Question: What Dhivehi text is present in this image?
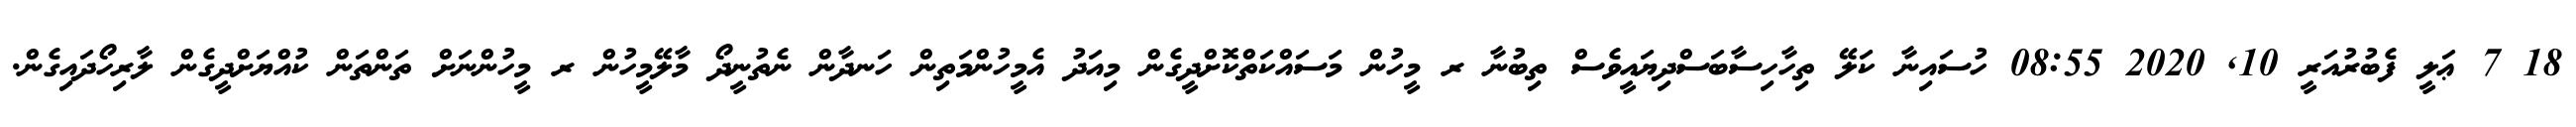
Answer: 18 7 ޢަލީ ފެބުރުއަރީ 10, 2020 08:55 ހުސައިނާ ކަލޭ ތިހާހިސާބަސްދިޔައީވެސް ތިބުނާ ރ މީހުން މަސައްކަތްކޮށްދީގެން މިއަދު އެމީހުންމަތިން ހަނދާން ނެތުނީދޯ މާލޭމީހުން ރ މީހުންނަށް ތަންތަން ކުއްޔަށްދީގެން ލާރިހޯދައިގެން.